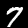
Digit: 7